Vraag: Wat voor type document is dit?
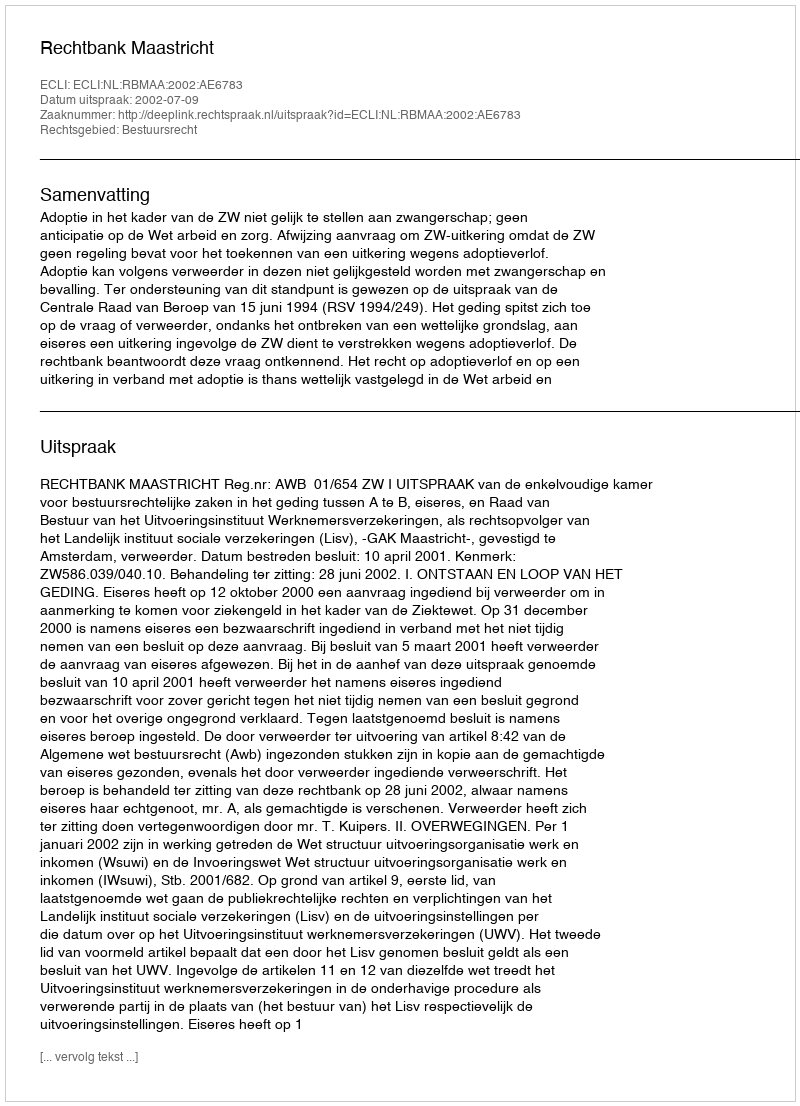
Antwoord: Uitspraak